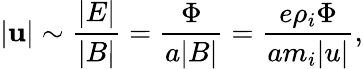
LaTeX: |\mathbf{u}|\sim\frac{|E|}{|B|}=\frac{\Phi}{a|B|}=\frac{e\rho_{i}\Phi}{am_{i}|u|},